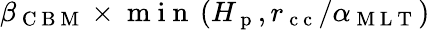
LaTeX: \beta_{\mathrm{~C~B~M~}}\times\mathrm{~m~i~n~}\left(H_{\mathrm{~p~}},r_{\mathrm{~c~c~}}/\alpha_{\mathrm{~M~L~T~}}\right)